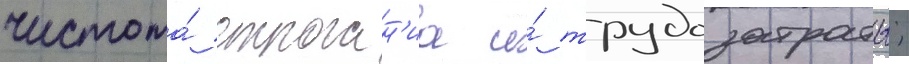
чистота́ строган'иа и́ трудозатраты;